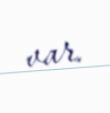
var.